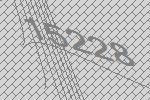
15228